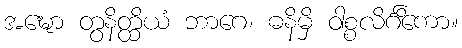
အဍ္ဎော တွနိတ္ထိယံ ဘာဂေ၊ ဓနိမှိ ဝါစ္စလိင်္ဂိကော။